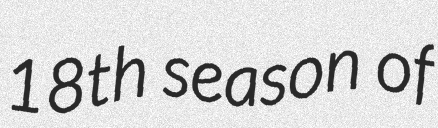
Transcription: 18th season of